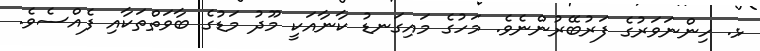
ޅ. ހިންނަވަރުގެ ފަރުބޭރުންނެވެ. މަހުގެ މައިގަނޑު ކާނާއަކީ މޫދު މަޑުގެ ބާވަތްތަކާއި ފެއްސެވެ.